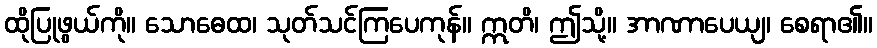
ထိုပြုဖွယ်ကို။ သောဓေထ၊ သုတ်သင်ကြပေကုန်။ ဣတိ၊ ဤသို့။ အာဏာပေယျ၊ စေရာ၏။